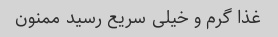
غذا گرم و خیلی سریع رسید ممنون